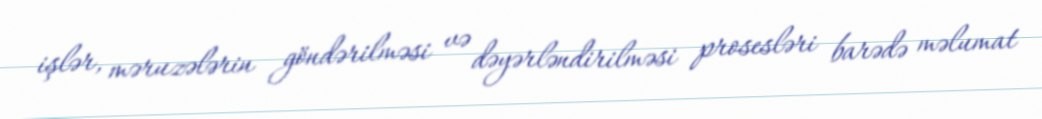
işlər, məruzələrin göndərilməsi və dəyərləndirilməsi prosesləri barədə məlumat